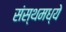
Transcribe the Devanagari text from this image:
संस्थमध्ये